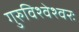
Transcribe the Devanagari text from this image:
गुरुविश्वेश्वरः